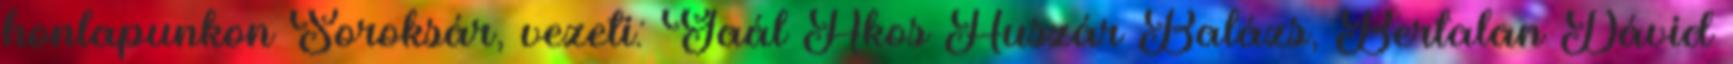
honlapunkon Soroksár, vezeti: Gaál Ákos Huszár Balázs, Bertalan Dávid